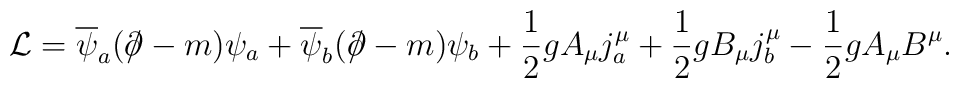
{\cal L}= \overline{\psi}_a({\ooalign{\hfil/\hfil\crcr$\partial$}}-m)\psi_a+\overline{\psi}_b({\ooalign{\hfil/\hfil\crcr$\partial$}}-m)\psi_b +\frac{1}{2}gA_{\mu}j_a^{\mu} +\frac{1}{2}gB_{\mu} j_b^{\mu} -\frac{1}{2}gA_{\mu}B^{\mu}.